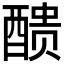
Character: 𨡺